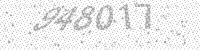
Solution: 948017